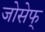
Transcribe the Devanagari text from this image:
जोसेफ्